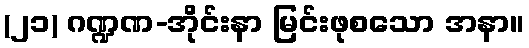
(၂၁) ဂဏ္ဍဏ-အိုင်းနာ မြင်းဖုစသော အနာ။